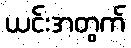
ယင်းအတွက်